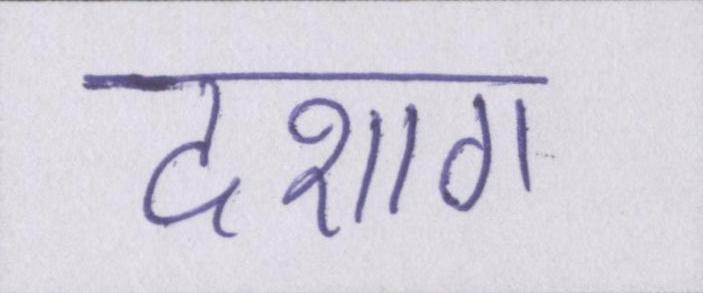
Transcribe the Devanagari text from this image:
दशाॻ